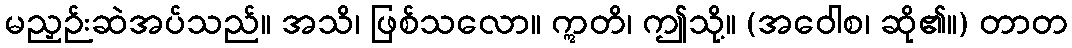
မညှဉ်းဆဲအပ်သည်။ အသိ၊ ဖြစ်သလော။ ဣတိ၊ ဤသို့။ (အဝေါစ၊ ဆို၏။) တာတ